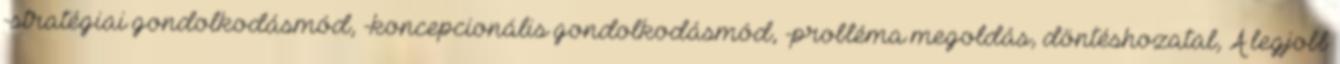
-stratégiai gondolkodásmód, -koncepcionális gondolkodásmód, -probléma megoldás, döntéshozatal, A legjobb